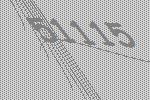
51115